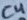
Text: C4